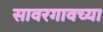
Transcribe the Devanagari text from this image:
सावरगावच्या